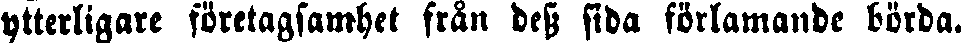
ytterligare företagsamhet från dess sida förlamande börda.